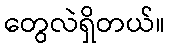
တွေလဲရှိတယ်။